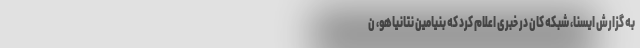
به گزارش ایسنا، شبکه کان در خبری اعلام کرد که بنیامین نتانیاهو، ن